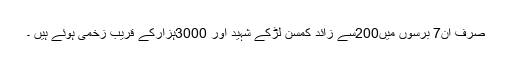
صرف ان7 برسوں میں200سے زائد کمسن لڑکے شہید اور 3000ہزارکے قریب زخمی ہوئے ہیں ۔